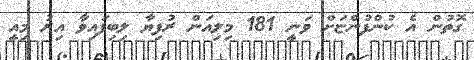
ގޮތުން އެ ކުންފުންޏަށް ވަނީ 181 މިލިއަން ރުފިޔާ ލިބިފައިވާ އިރު މިއީ